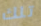
تلك